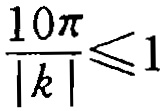
\frac{10\pi}{|k|}\leqslant 1